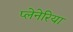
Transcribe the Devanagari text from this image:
प्लेनेरिया